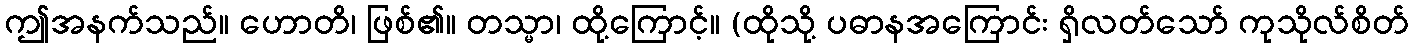
ဤအနက်သည်။ ဟောတိ၊ ဖြစ်၏။ တသ္မာ၊ ထို့ကြောင့်။ (ထိုသို့ ပဓာနအကြောင်း ရှိလတ်သော် ကုသိုလ်စိတ်